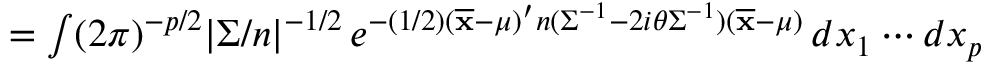
{ \begin{array} { r l } & { = \int ( 2 \pi ) ^ { - p / 2 } | { \boldsymbol { \Sigma } } / n | ^ { - 1 / 2 } \, e ^ { - ( 1 / 2 ) ( { \overline { { \mathbf { x } } } } - { \boldsymbol { \mu } } ) ^ { \prime } n ( { \boldsymbol { \Sigma } } ^ { - 1 } - 2 i \theta { \boldsymbol { \Sigma } } ^ { - 1 } ) ( { \overline { { \mathbf { x } } } } - { \boldsymbol { \mu } } ) } \, d x _ { 1 } \cdots d x _ { p } } \end{array} }